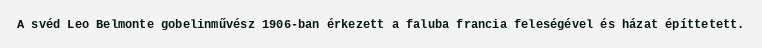
A svéd Leo Belmonte gobelinművész 1906-ban érkezett a faluba francia feleségével és házat építtetett.